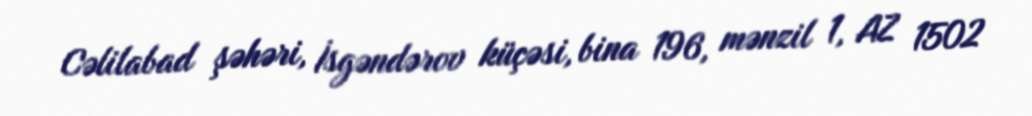
Cəlilabad şəhəri, İsgəndərov küçəsi, bina 196, mənzil 1, AZ 1502